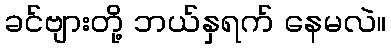
ခင်ဗျားတို့ ဘယ်နှရက် နေမလဲ။